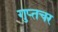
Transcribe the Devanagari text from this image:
गुप्‍तचर